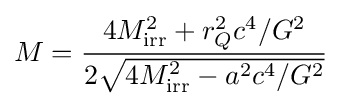
M={\frac {4M_{\rm {irr}}^{2}+r_{Q}^{2}c^{4}/G^{2}}{2{\sqrt {4M_{\rm {irr}}^{2}-a^{2}c^{4}/G^{2}}}}}